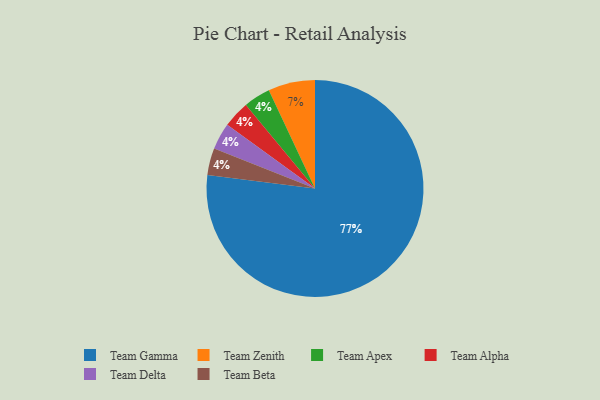
{"axis": {"x": "Category", "y": "Percentage"}, "legend": ["Team Alpha", "Team Apex", "Team Beta", "Team Delta", "Team Gamma", "Team Zenith"], "data": [{"x": "Team Zenith", "y": 7, "type": "Team Zenith"}, {"x": "Team Apex", "y": 4, "type": "Team Apex"}, {"x": "Team Gamma", "y": 77, "type": "Team Gamma"}, {"x": "Team Alpha", "y": 4, "type": "Team Alpha"}, {"x": "Team Delta", "y": 4, "type": "Team Delta"}, {"x": "Team Beta", "y": 4, "type": "Team Beta"}]}